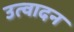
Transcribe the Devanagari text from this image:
उत्वादन